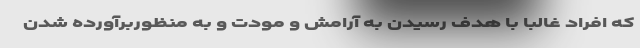
که افراد غالبا با هدف رسیدن به آرامش و مودت و به منظوربرآورده شدن